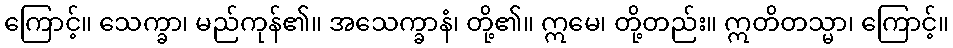
ကြောင့်။ သေက္ခာ၊ မည်ကုန်၏။ အသေက္ခာနံ၊ တို့၏။ ဣမေ၊ တို့တည်း။ ဣတိတသ္မာ၊ ကြောင့်။